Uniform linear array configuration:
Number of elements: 48
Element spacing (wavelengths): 0.75
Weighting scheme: exponential
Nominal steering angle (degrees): -30
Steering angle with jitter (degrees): -29.026
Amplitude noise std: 0.05
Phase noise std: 0.05

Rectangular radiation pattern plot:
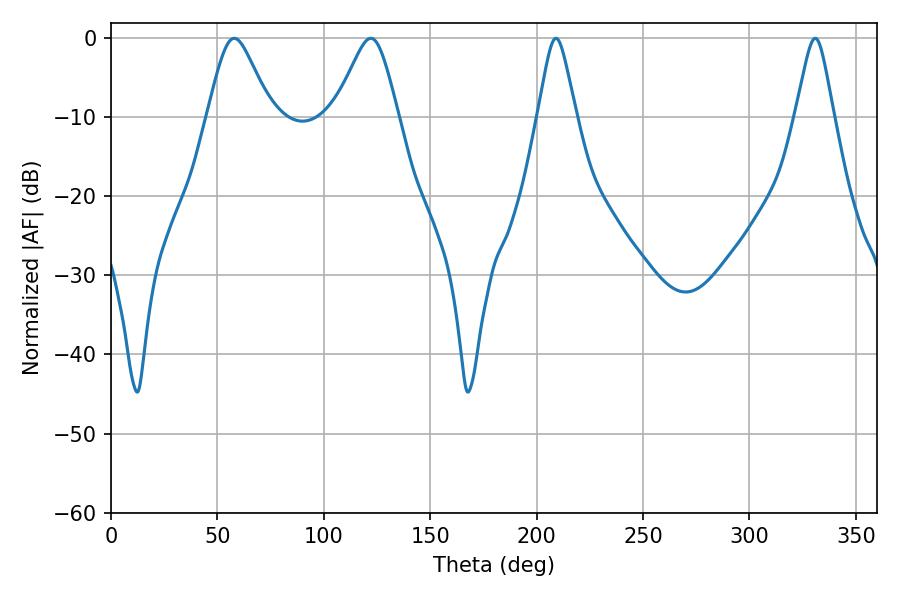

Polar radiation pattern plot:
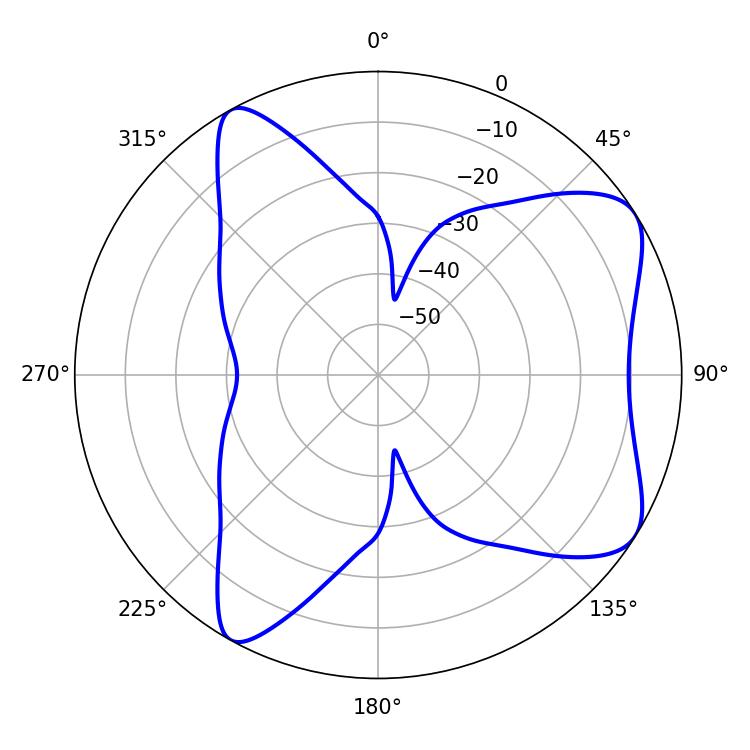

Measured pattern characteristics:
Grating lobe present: TRUE
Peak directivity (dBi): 7.335
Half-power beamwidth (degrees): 14.4
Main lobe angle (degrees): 57.96